Madras plague regulations in force outside the Presidency town - Volume 3
Disease focus: Plague
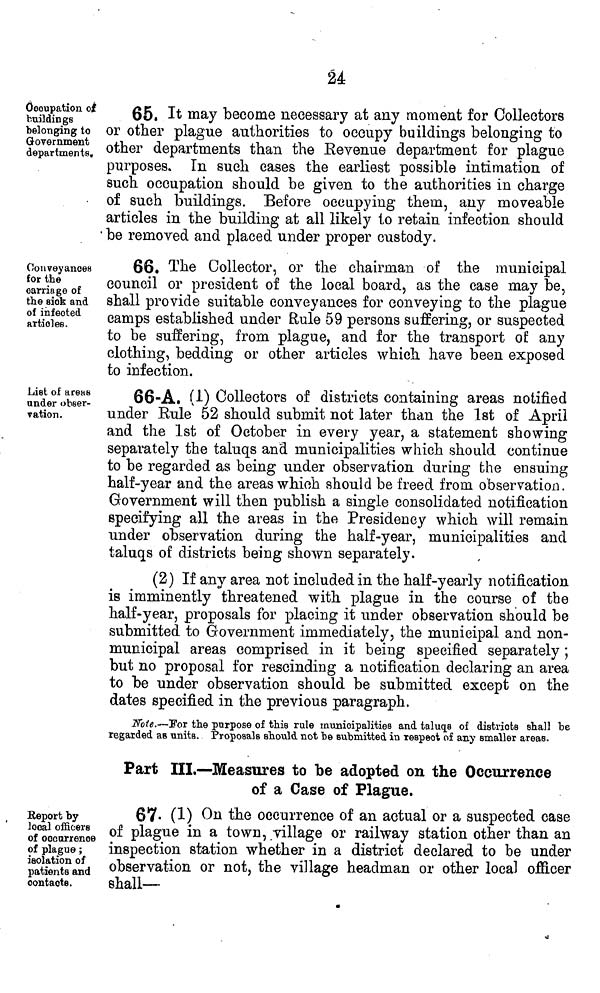
24
occupation of
buildings
belonging to
Government
departments.
65. It may become necessary at any moment for Collectors
or other plague authorities to occupy buildings belonging to
other departments than the Revenue department for plague
purposes. In such cases the earliest possible intimation of
such occupation should be given to the authorities in charge
of such buildings. Before occupying them, any moveable
articles in the building at all likely to retain infection should
be removed and placed under proper custody.
Conveyances
for the
carriage of
the sick and
of infected
articles.
66. The Collector, or the chairman of the municipal
council or president of the local board, as the case may be,
shall provide suitable conveyances for conveying to the plague
camps established under Rule 59 persons suffering, or suspected
to be suffering, from plague, and for the transport of any
clothing, bedding or other articles which have been exposed
to infection.
List of areas
under obser-
vation.
66-A. (I) Collectors of districts containing areas notified
under Eule 52 should submit not later than the 1st of April
and the 1st of October in every year, a statement showing
separately the taluqs and municipalities which should continue
to be regarded as being under observation during the ensuing
half-year and the areas which should be freed from observation.
Government will then publish a single consolidated notification
specifying all the areas in the Presidency which will remain
under observation during the half-year, municipalities and
taluqs of districts being shown separately.
(2) If any area not included in the half-yearly notification
is imminently threatened with plague in the course of the
half-year, proposals for placing it under observation should be
submitted to Government immediately, the municipal and non-
municipal areas comprised in it being specified separately ;
but no proposal for rescinding a notification declaring an area
to be under observation should be submitted except on the
dates specified in the previous paragraph.
Note.—For the purpose of this rule municipalities and taluqs of districts shall be
regarded as units. Proposals should, not be submitted in respect of any smaller areas.
Part III.—Measures to be adopted on the Occurrence
of a Case of Plague.
Report by
local officers
of occurrence
of plague ;
isolation of
patients and
contacte.
67. (1) On the occurrence of an actual or a suspected case
of plague in a town, village or railway station other than an
inspection station whether in a district declared to be under
observation or not, the village headman or other local officer
shall—